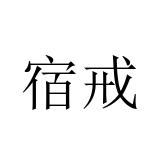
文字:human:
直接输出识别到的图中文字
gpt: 宿戒